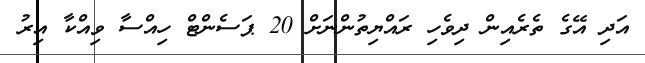
އަދި އޭގެ ތެރެއިން ދިވެހި ރައްޔިތުންނަށް 20 ޕަސެންޓް ހިއްސާ ވިއްކާ އިރު